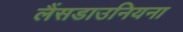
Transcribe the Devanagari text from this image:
लैंसडाउनियना